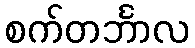
စက်တင်္ဘာလ